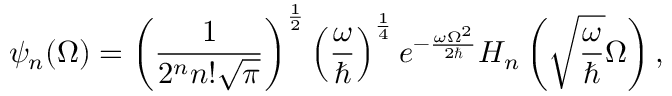
\psi _ { n } ( \Omega ) = \left( \frac { 1 } { 2 ^ { n } n ! \sqrt { \pi } } \right) ^ { \frac { 1 } { 2 } } \left( \frac { \omega } { \hbar } \right) ^ { \frac { 1 } { 4 } } e ^ { - \frac { \omega \Omega ^ { 2 } } { 2 \hbar } } H _ { n } \left( \sqrt { \frac { \omega } { \hbar } } \Omega \right) ,